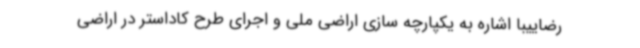
رضاییبا اشاره به یکپارچه سازی اراضی ملی و اجرای طرح کاداستر در اراضی